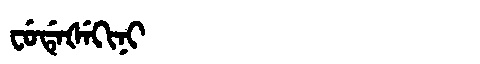
Manchu: ᠸᡠᡩᡝᡧᡝᡴᡳᠨᡳ
Romanization: FUDEŠEKINI